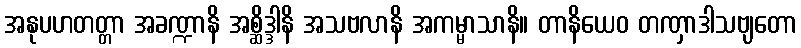
အနုပဟတတ္တာ အခဏ္ဍာနိ အစ္ဆိဒ္ဒါနိ အသဗလာနိ အကမ္မာသာနိ။ တာနိယေဝ တဏှာဒါသဗျတော